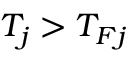
T _ { j } > T _ { F j }